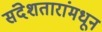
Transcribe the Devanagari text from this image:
संदेशतारांमधून